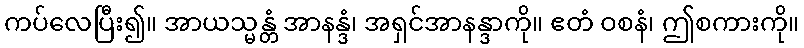
ကပ်လေပြီး၍။ အာယသ္မန္တံ အာနန္ဒံ၊ အရှင်အာနန္ဒာကို။ ဧတံ ဝစနံ၊ ဤစကားကို။